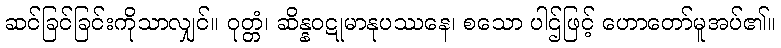
ဆင်ခြင်ခြင်းကိုသာလျှင်။ ဝုတ္တံ၊ ဆိန္နဝဋုမာနုပဿနေ၊ စသော ပါဌ်ဖြင့် ဟောတော်မူအပ်၏။